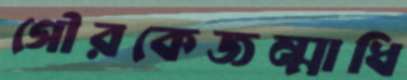
গৌরকেজন্মাধি